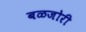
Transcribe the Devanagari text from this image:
बळजोरी